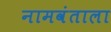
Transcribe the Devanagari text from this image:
नामवंताला